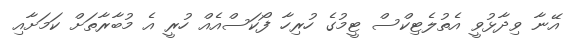
އޭނާ ވިދާޅުވީ އެތުލެޓިކްސް ޓީމުގެ ހުރިހާ ފޯކަސްއެއް ހުރީ އެ މުބާރާތަށް ކަމަށާއި